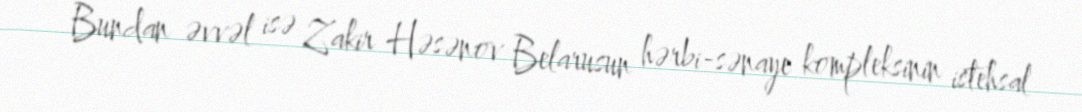
Bundan əvvəl isə Zakir Həsənov Belarusun hərbi-sənaye kompleksinin istehsal